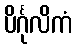
ပိင်္ဂုလိကံ